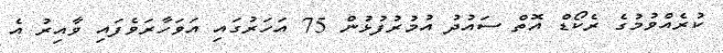
ކުރެއްވުމުގެ ރެކޯޑް އޮތް ސައުދު އުމުރުފުޅުން 75 އަހަރުގައި އަވަހާރަވެފައި ވާއިރު އެ